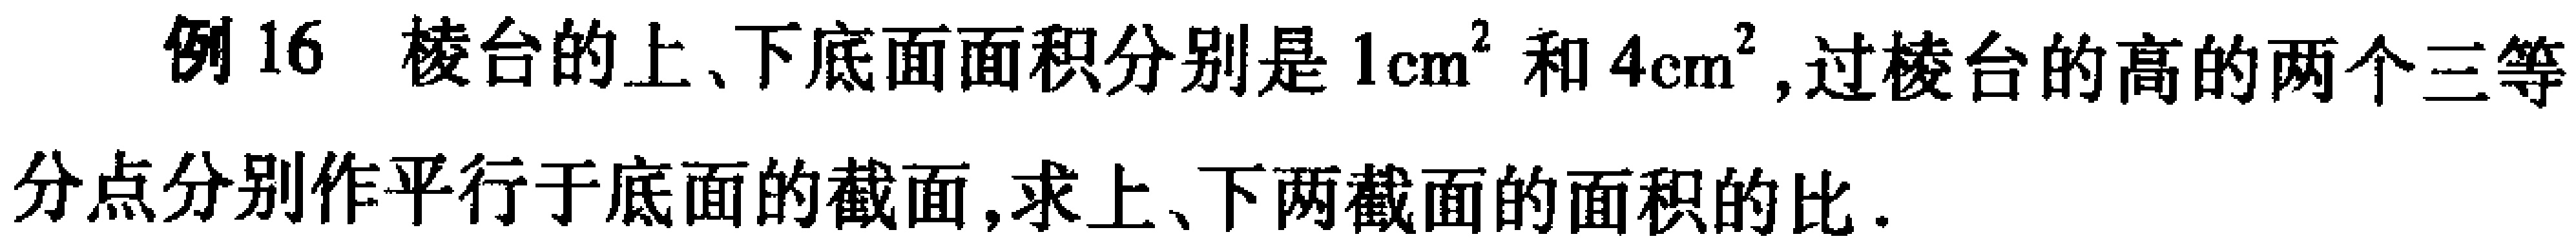
例16 棱台的上、下底面面积分别是\(1\mathrm{cm}^{2}\)和\(4\mathrm{cm}^{2}\),过棱台的高的两个三等分点分别作平行于底面的截面,求上、下两截面的面积的比.